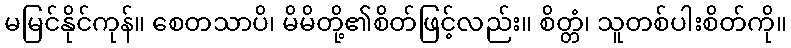
မမြင်နိုင်ကုန်။ စေတသာပိ၊ မိမိတို့၏စိတ်ဖြင့်လည်း။ စိတ္တံ၊ သူတစ်ပါးစိတ်ကို။